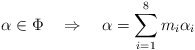
\begin{align*}\alpha\in\Phi\quad\Rightarrow\quad\alpha=\sum_{i=1}^8m_i\alpha_i\end{align*}